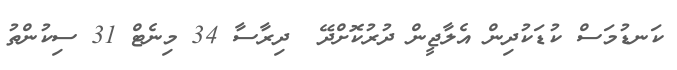
ކަނޑުމަސް ކުޑަކުދިން އެލާޖީން ދުރުކޮށްދޭ  ދިރާސާ 34 މިނެޓް 31 ސިކުންތު